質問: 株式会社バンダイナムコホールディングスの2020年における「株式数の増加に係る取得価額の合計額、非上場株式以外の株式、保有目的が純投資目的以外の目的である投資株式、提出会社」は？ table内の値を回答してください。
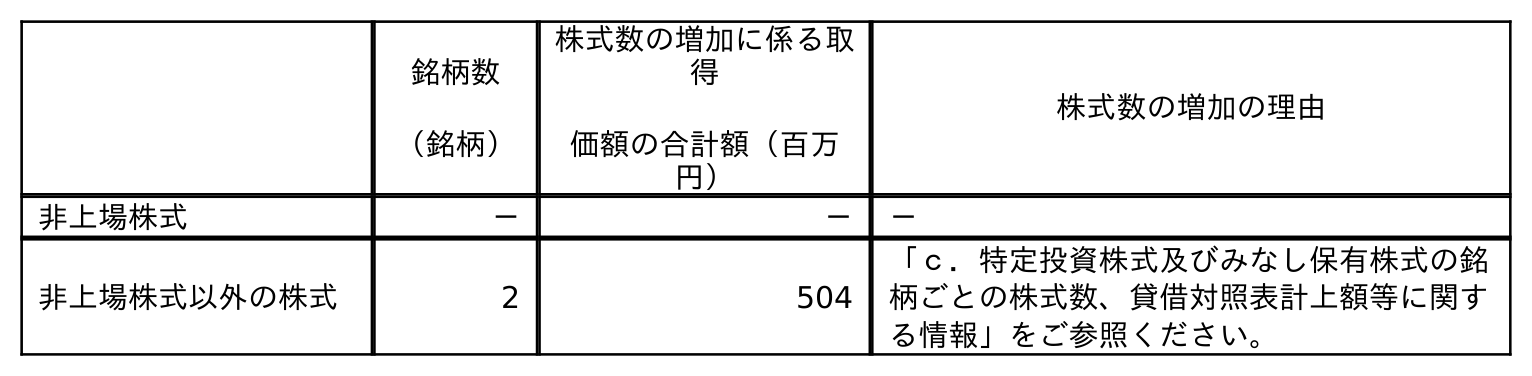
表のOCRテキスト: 銘柄数 （銘柄） 株式数の増加に係る取 得 価額の合計額（百万 円） 株式数の増加の理由 非上場株式 － － － 非上場株式以外の株式 2 504 「ｃ．特定投資株式及びみなし保有株式の銘 柄ごとの株式数、貸借対照表計上額等に関す る情報」をご参照ください。
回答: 504